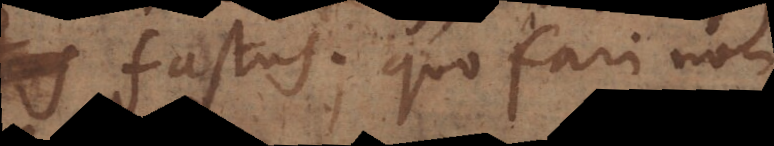
fastus; quo fari non